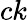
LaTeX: ck